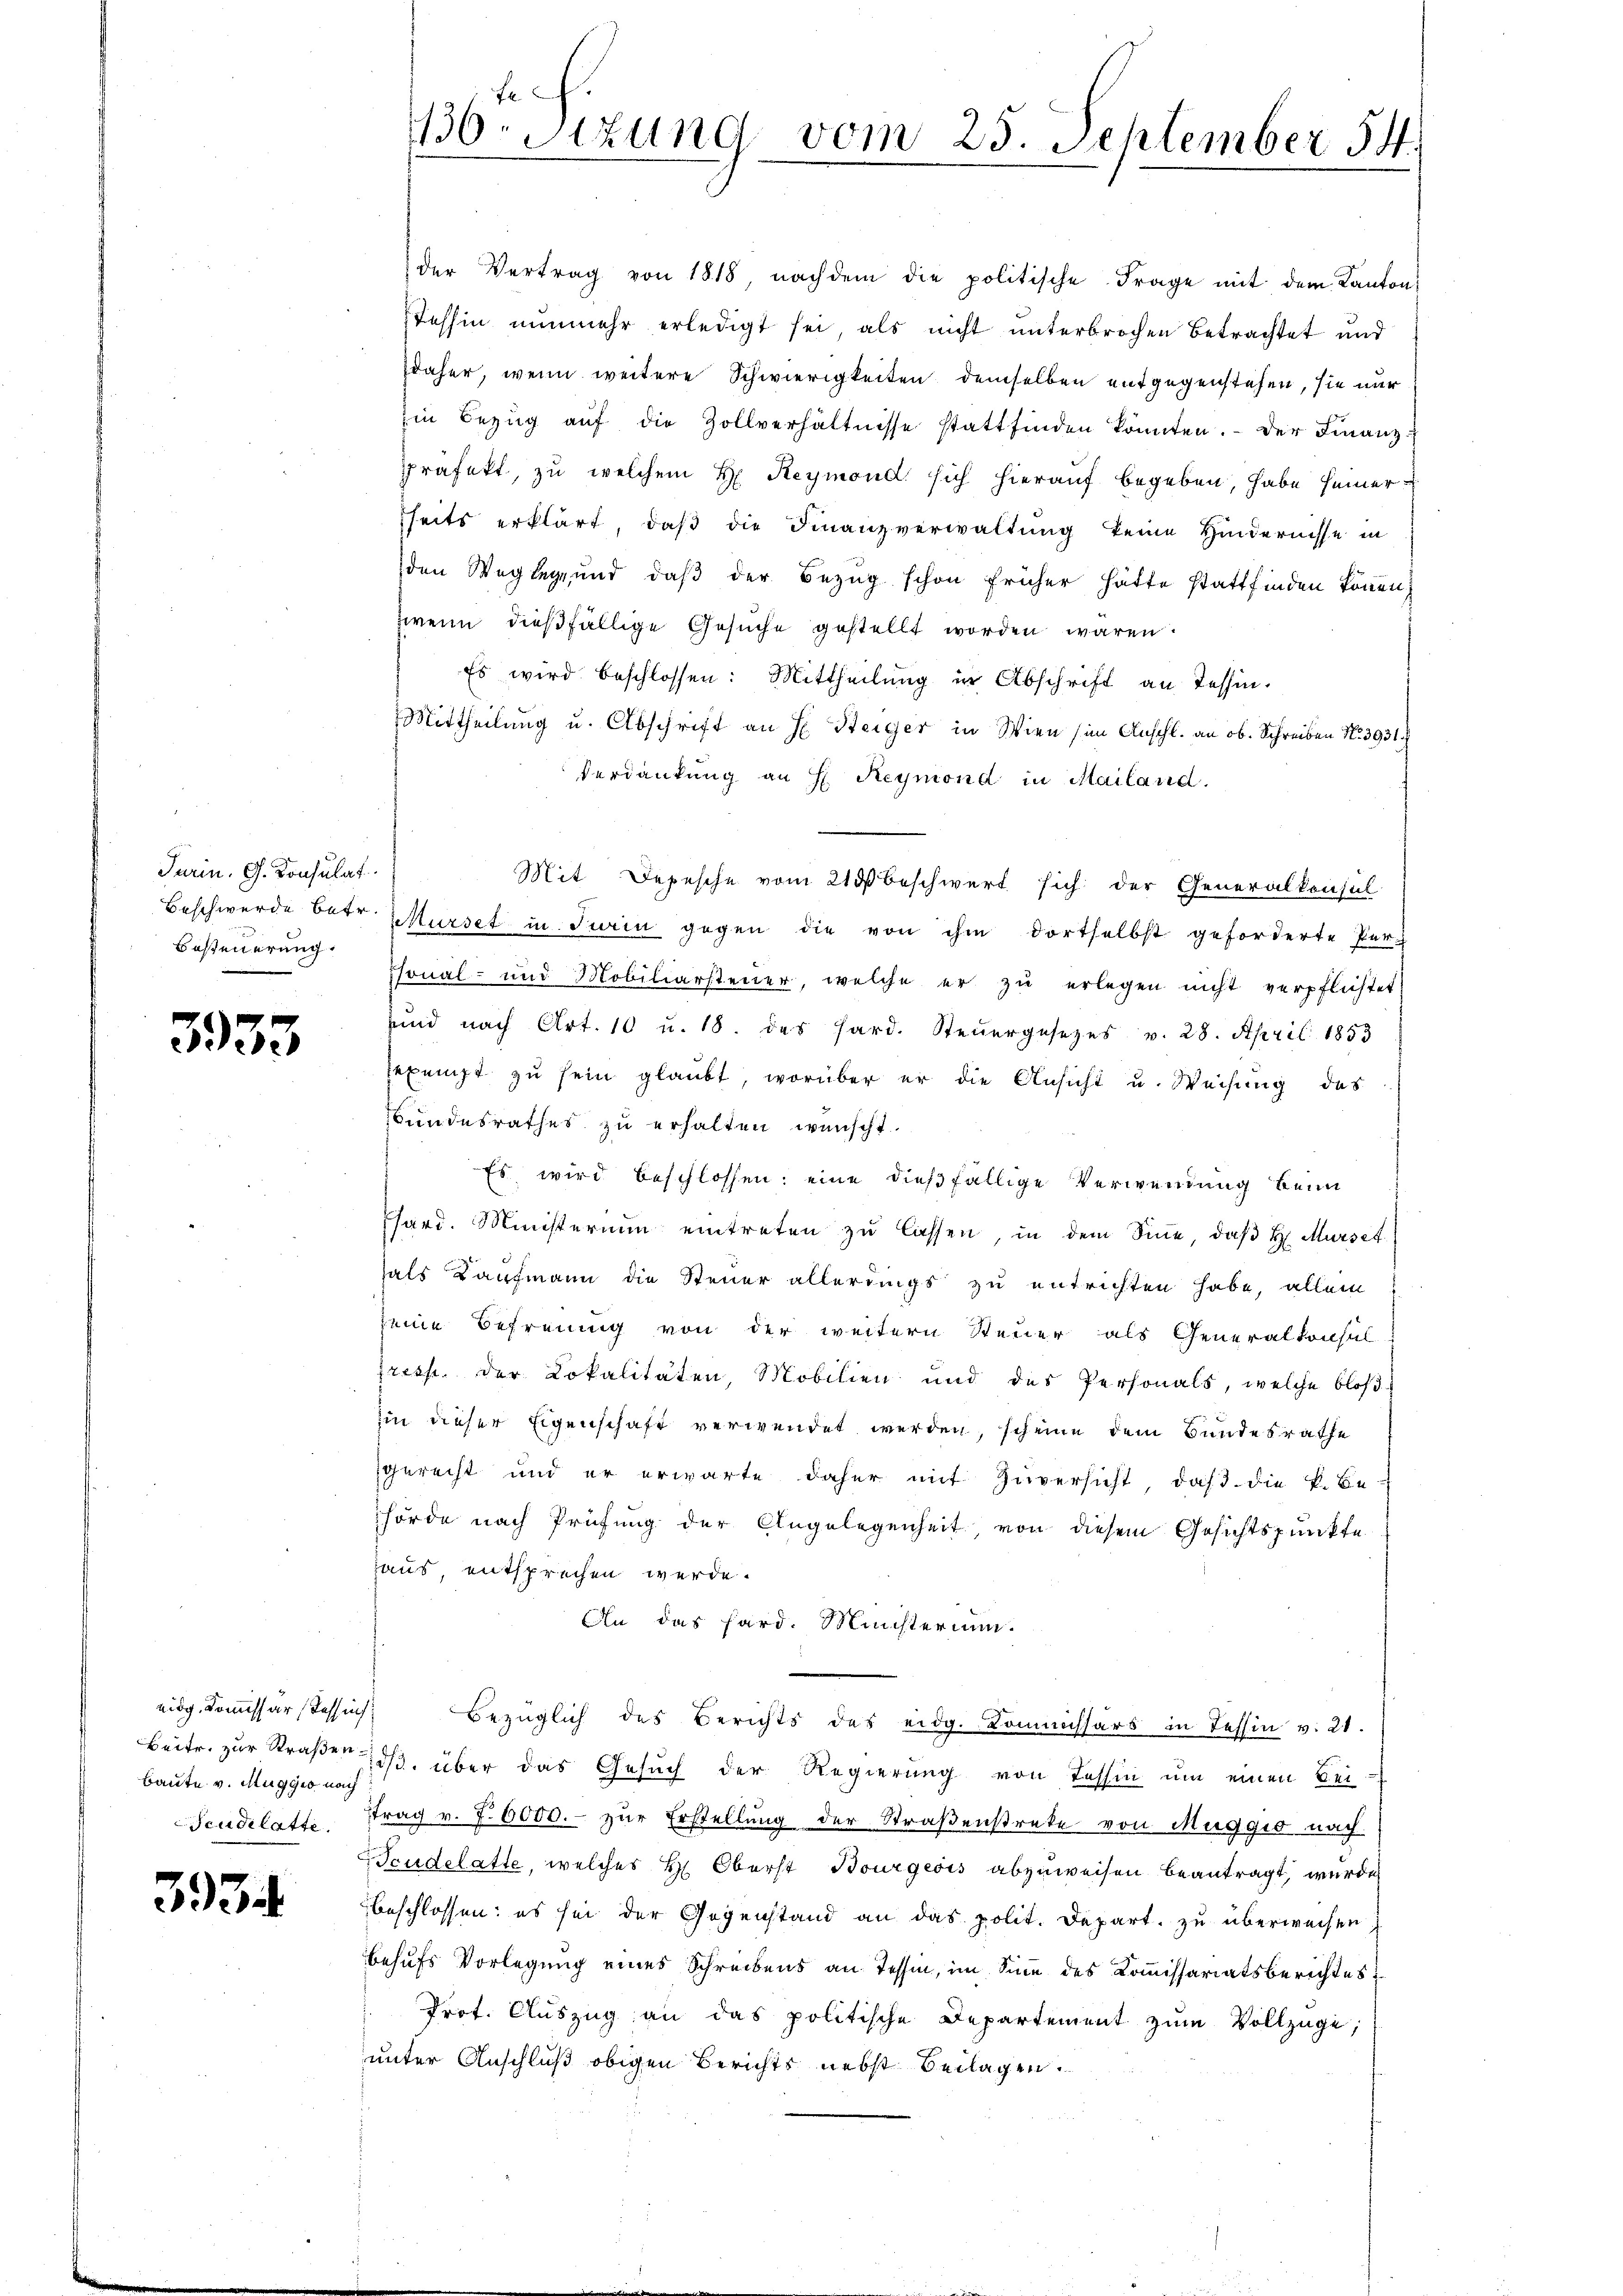
Turin. G. Konsulat
Besteuerung.

3933

eidg. Kommissär Tessins
Baute v. Muggis nach
Seudilatte.

33

Tessin nunmehr erledigt sei, als nicht unterbrochen Betrachtet und
daher, wenn weitere Schwierigkeiten demselben entgegenstehen, sie nur
Ein Bezug auf die Zollverhältnisse stattfinden könnten. Der Finanzpräfekt, zu welchem H: Reymond sich hierauf begeben, habe seiner
seits erklärt, daβ die Finanzverwaltung keine Hindernisse in
den Weglege und daß der Bezug schon früher hätte stattfinden können,
zweim dießfällige Gesuche gestellt worden wären.
Es wird beschlossen: Mittheilung in Abschrift an Tessin.
Mittheilung u. Abschrift an H. Steiger in Wien (im Anschl. an ob. Schreiben No 3931.
Verdankung an H: Reymond in Mailand.
Mit Depesche vom 23 beschwert sich der Generalkonsul
Beschwerde betr. Würdet in Turin gegen die von ihm dortselbst geforderte Per-
sonal- und Mobiliarsteuer, welche er zŭ erlegen nicht verpflichtet,
sind nach Art. 10 u. 18. des Hard. Steŭergesetzes v. 28. April 1853
rexenst zu sein glaubt, worüber er die Ansicht u. Weisung des
Bundesrathes zu erhalten wünscht.
Es wird beschlossen: eine dießfällige Verwendung beim
Csard. Ministerium eintreten zu lassen, in dem Sinne, daß H. Mürset
hals Kaufmann die Steuer allerdings zu entrichten habe, allein
seine Befreunig von der weitern Steuer als Generalkonsul
presse der Lokalitäten, Mobilien und des Personals, welche bloß
ii dieser Eigenschaft verwendet werden, scheine dem Bundesrathe
gerecht und er erwarte daher mit Zuversicht, daβ die k. Be-
hörde nach Prüfung der Angelegenheit, von diesem Gesichtspunkte
aus, entsprechen werde.
An das Sard. Ministerium.
—
Bezüglich des Berichts des eidg. Kommissärs in Tessin v. 21.
Beitr. zur Straßends. über das Gesuch der Regierung von Tessin um einen Bei-
ftrag v. 7. 6000.- zŭr Erstellung der Straßenstreke von Muggio nach
Brudelatte, welches H. Oberst Bourgeois abzuweisen beantragt, wurde
beschlossen: es sei der Gegenstand an das polit. Depart. zu überweisen,
behufs Vorlegung eines Schreibens an Tessin, im Sinn des Kommissariatsberichtes
Prot. Auszug an das politische Departement zum Vollzüge,
unter Anschluß obigen Berichts nebst Beilagen.

1130 Stzung vom 25. September 54.

der Vertrag von 1818, nachdem die politische Frage mit dem Kanton